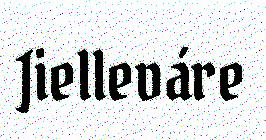
Jielleváre